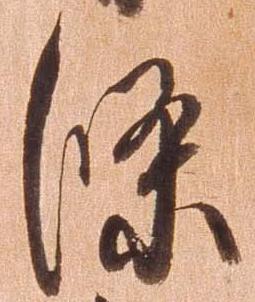
条